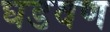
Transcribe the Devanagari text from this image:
घडवण